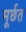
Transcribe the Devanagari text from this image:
मूर्छत